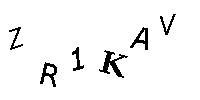
ZR1KAV